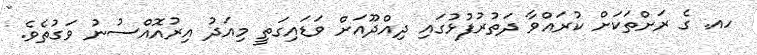
ހއ. ގެ ރަށްތަކަށް ކުރައްވާ ދަތުރުފުޅުގައި ދިއްދޫއަށް ވަޑައިގަތީ މިއަދު އިރުއޮއްސުނު ވަގުތެވެ.